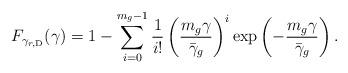
LaTeX: \begin{align*}F_{\gamma_{r, \mathrm{D}}}(\gamma)= 1-\sum_{i=0}^{m_g-1}\frac{1}{i!}\left(\frac{m_g\gamma}{\bar\gamma_g}\right)^i\exp\left(-\frac{m_g\gamma}{\bar\gamma_g}\right).\end{align*}